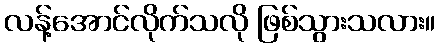
လန့်အောင်လိုက်သလို ဖြစ်သွားသလား။